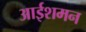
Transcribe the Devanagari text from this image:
आईशमन